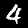
Label: 4